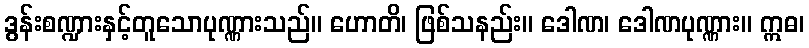
ဒွန်းစဏ္ဍားနှင့်တူသောပုဏ္ဏားသည်။ ဟောတိ၊ ဖြစ်သနည်း။ ဒေါဏ၊ ဒေါဏပုဏ္ဏား။ ဣဓ၊